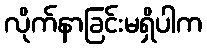
လိုက်နာခြင်းမရှိပါက